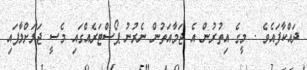
ދައްކާފައެވެ . މީގެ އިތުރުން އެ ޖަމާއަތުން ނެރުނު ޕޯސްޓަރެއްގައި މެސީ ޖަލަށްލާފައި